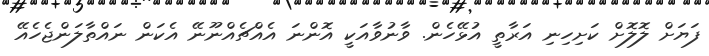
ފަޔަށް ލޮލޮށް ކަށިހިނި އަރާތީ އުޅޭހެން. ވާނުވާއަކީ އޮންނަ އެއްޗެއްނޫނޭ އެކަން ނައްތާލަންޖެހެއޭ